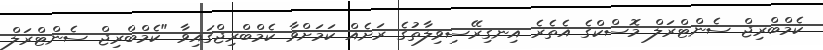
ކެމްބްރިޖް ސެންޓްރަލް މޮސްކްގެ އެތެރެ އިނގިރޭސިވިލާތުގެ ރަށެއް ކަމަށްވާ ކެމްބްރިޖްގައިވާ "ކެމްބްރިޖް ސެންޓްރަލް